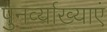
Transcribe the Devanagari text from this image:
पुनर्व्याख्याएं